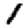
Digit: 1